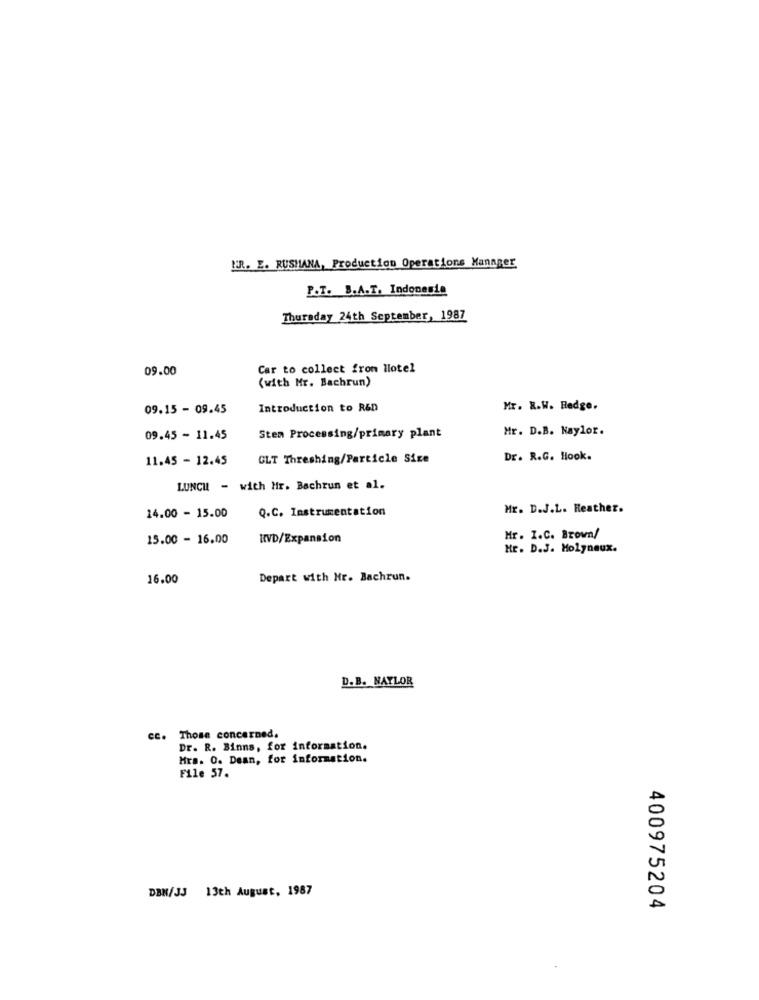
FR. E. RUSHANA, Production Operations Manager
P.T. B.A.T. Indonesia
Thursday 24th September, 1987
09.00
Car to collect from Hotel
(with Mr. Bachrun)
09.15 - 09.45
Introduction to R&D
Mr. R.W. Hedge.
Mr. D.B. Naylor.
09.45 - 11.45
Stem Processing/primary plant
11.45 - 12.45
CLT Threshing/Particle Sice
Dr. R.G. Hook.
LUNCH - with Hir. Bachrun et al.
14.00 - 15.00
Q.C. Instrumentation
Mr. D.J.L. Heather.
15.00 - 16.00
KVD/Expansion
Mr. I.C. Brown/
Hr. D.J. Molyneux.
16.00
Depart with Mr. Bachrun.
D.B. NAYLOR
cc. Those concerned.
Dr. R. Binns, for information.
Hra. O. Dean, for information.
File 57.
DBN/JJ 13th August, 1987
400975204